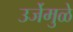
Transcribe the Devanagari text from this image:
उर्जेमुळे